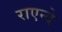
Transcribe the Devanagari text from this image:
राएन्दे